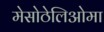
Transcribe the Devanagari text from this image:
मेसोठेलिओमा